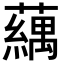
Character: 𬟍